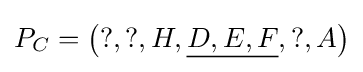
P_{C}=\left(?,?,H,{\underline {D,E,F}},?,A\right)